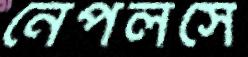
নেপলসে